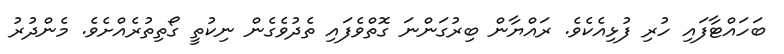
ބަހައްޓާފައި ހުރި ފުޅިއެކެވެ. ރައްޔާން ބިރުގަންނަ ގޮތްވެފައި ތެދުވެގެން ނިކުތީ ގޯތިތުރެއްށެވެ. މެންދުރު